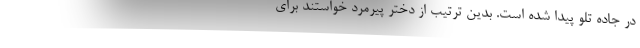
در جاده تلو پیدا شده است. بدین ترتیب از دختر پیرمرد خواستند برای